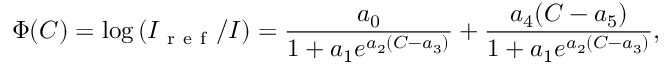
\Phi ( C ) = \log \left( I _ { \mathrm { ~ r ~ e ~ f ~ } } / I \right) = \frac { a _ { 0 } } { 1 + a _ { 1 } e ^ { a _ { 2 } ( C - a _ { 3 } ) } } + \frac { a _ { 4 } ( C - a _ { 5 } ) } { 1 + a _ { 1 } e ^ { a _ { 2 } ( C - a _ { 3 } ) } } ,